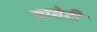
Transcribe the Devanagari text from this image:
बागेटी